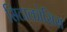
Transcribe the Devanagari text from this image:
सिटाकोसिस